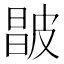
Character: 𰤮